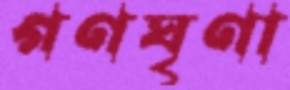
গণঘৃণা